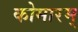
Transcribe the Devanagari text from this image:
कोमारम्